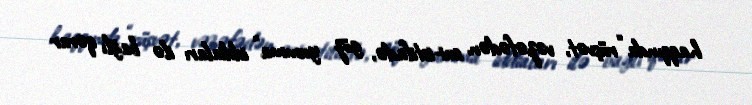
haqqında “rüşvət, vəzəfədən sui-istifadə, göz yumma” iddiaları ilə bağlı qərar